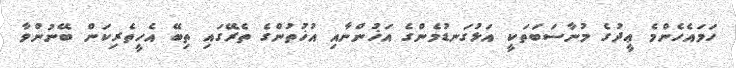
ހަމައެހެންމެ ޢީދުގެ މުނާސަބަތަކީ އަޅުގަނޑުމެންގެ އަޚުންނާއި އުޚުތުންގެ ތެރޭގައި ތިބޭ އެހީތެރިކަން ބޭނުންވާ